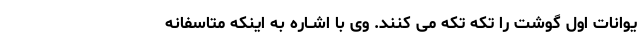
یوانات اول گوشت را تکه تکه مى کنند. وى با اشــاره به اینکه متاسفانه